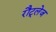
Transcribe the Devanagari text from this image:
रौट्लेज